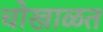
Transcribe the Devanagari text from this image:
चोखाळत